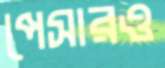
পেসারও